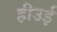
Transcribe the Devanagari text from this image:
हीउई